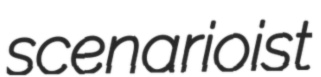
scenarioist